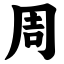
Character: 周